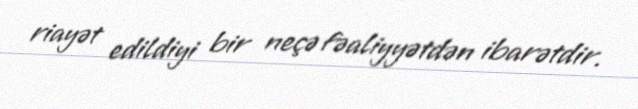
riayət edildiyi bir neçə fəaliyyətdən ibarətdir.